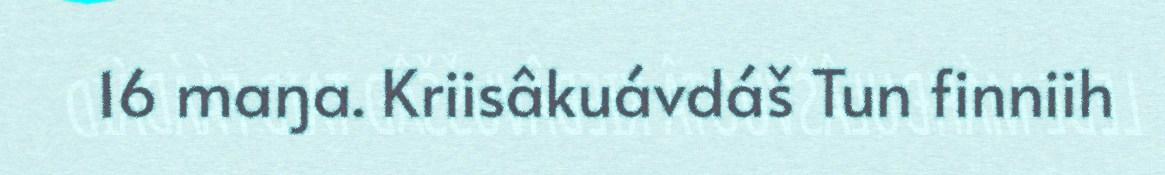
16 maŋa. Kriisâkuávdáš Tun finniih